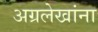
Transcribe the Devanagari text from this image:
अग्रलेखांना